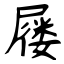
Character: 屦